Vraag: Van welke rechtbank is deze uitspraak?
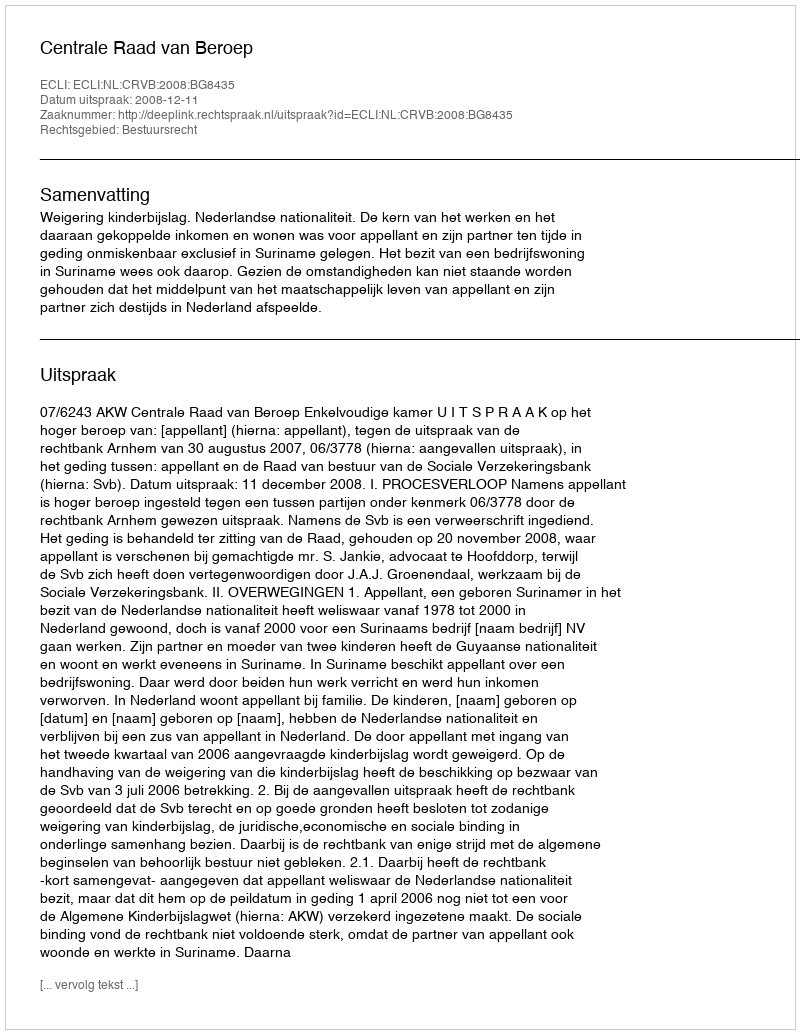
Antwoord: Centrale Raad van Beroep